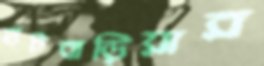
হাটবাড়িয়ার